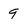
Character: 9